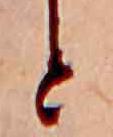
と